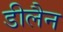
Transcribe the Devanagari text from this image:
डीलैन